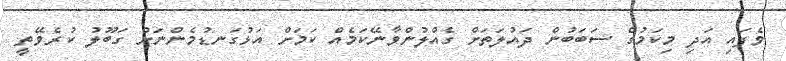
ވެފައި އަދި މިކަމުގެ ސަބަބުން ދައުލަތަށް ގެއްލުންވާނޭކަމެއް ކަމަށް އަޅުގަނޑުމެންނަށް ގަބޫލު ކުރެވޭތީ